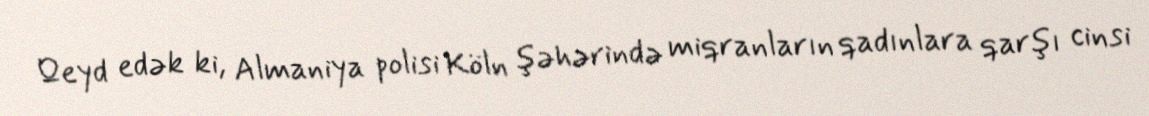
Qeyd edək ki, Almaniya polisi Köln şəhərində miqranların qadınlara qarşı cinsi